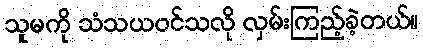
သူမကို သံသယဝင်သလို လှမ်းကြည့်ခဲ့တယ်။